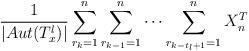
LaTeX: \begin{align*}{1\over |Aut(T^l_x)|}\sum_{r_k=1}^{n}\sum_{r_{k-1}=1}^{n}\cdots \sum_{r_{k-t_l+1}=1}^{n} X_n^T\end{align*}